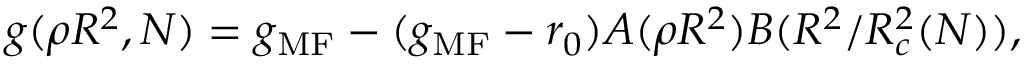
g ( \rho R ^ { 2 } , N ) = g _ { \mathrm { M F } } - ( g _ { \mathrm { M F } } - r _ { 0 } ) A ( \rho R ^ { 2 } ) B ( R ^ { 2 } / R _ { c } ^ { 2 } ( N ) ) ,